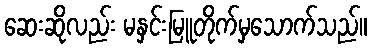
ဆေးဆိုလည်း မနှင်းမြူတိုက်မှသောက်သည်။